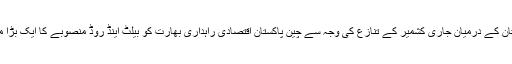
بھارت اور پاکستان کے درمیان جاری کشمیر کے تنازع کی وجہ سے چین پاکستان اقتصادی راہداری بھارت کو بیلٹ اینڈ روڈ منصوبے کا ایک بڑا مخالف بنا دے گا۔